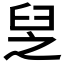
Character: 𦥧